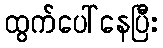
ထွက်ပေါ်နေပြီး